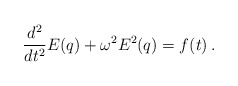
\begin{align*}\frac{d^2}{dt^2}E(q) + \omega^{2}E^{2}(q)= f(t) \, .\end{align*}